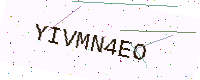
Text: YIVMN4EO